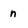
Character: n